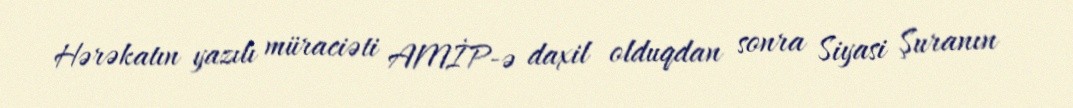
Hərəkatın yazılı müraciəti AMİP-ə daxil olduqdan sonra Siyasi Şuranın